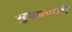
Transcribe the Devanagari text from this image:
भुषवणारी